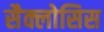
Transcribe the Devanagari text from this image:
सैक्लोसिस